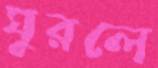
ঘুরলে